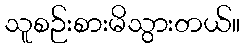
သူစဉ်းစားမိသွားတယ်။